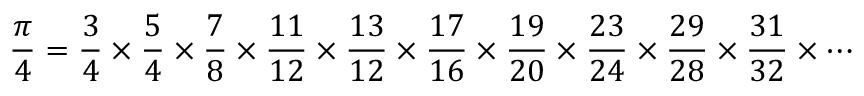
{ \frac { \pi } { 4 } } = { \frac { 3 } { 4 } } \times { \frac { 5 } { 4 } } \times { \frac { 7 } { 8 } } \times { \frac { 1 1 } { 1 2 } } \times { \frac { 1 3 } { 1 2 } } \times { \frac { 1 7 } { 1 6 } } \times { \frac { 1 9 } { 2 0 } } \times { \frac { 2 3 } { 2 4 } } \times { \frac { 2 9 } { 2 8 } } \times { \frac { 3 1 } { 3 2 } } \times \cdots